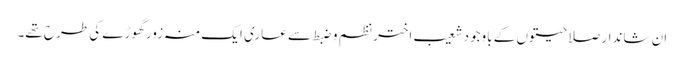
ان شاندار صلاحیتوں کے باوجود شعیب اختر نظم و ضبط سے عاری ایک منہ زور گھوڑے کی طرح تھے۔